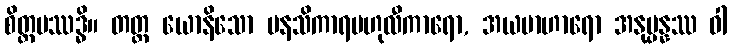
စိတ္တပဿဒ္ဓိ။ တတ္ထ ယောနိသော မနသိကာရဗဟုလီကာရော, အယမာဟာရော အနုပ္ပန္နဿ ဝါ